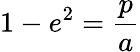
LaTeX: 1-e^{2}=\frac{p}{a}